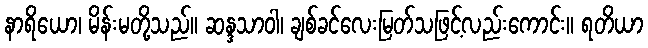
နာရိယော၊ မိန်းမတို့သည်။ ဆန္ဒသာဝါ၊ ချစ်ခင်လေးမြတ်သဖြင့်လည်းကောင်း။ ရတိယာ